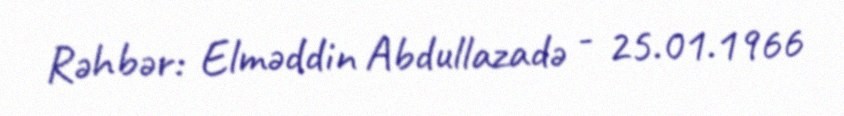
Rəhbər: Elməddin Abdullazadə - 25.01.1966